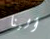
ألينا